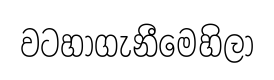
වටහාගැනීමෙහිලා